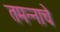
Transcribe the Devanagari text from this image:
तमन्नाचे